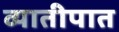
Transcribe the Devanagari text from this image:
व्यातीपात